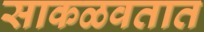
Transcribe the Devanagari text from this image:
साकळवतात